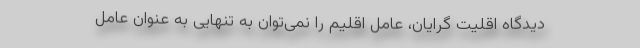
دیدگاه اقلیت گرایان، عامل اقلیم را نمی‌توان به تنهایی به عنوان عامل